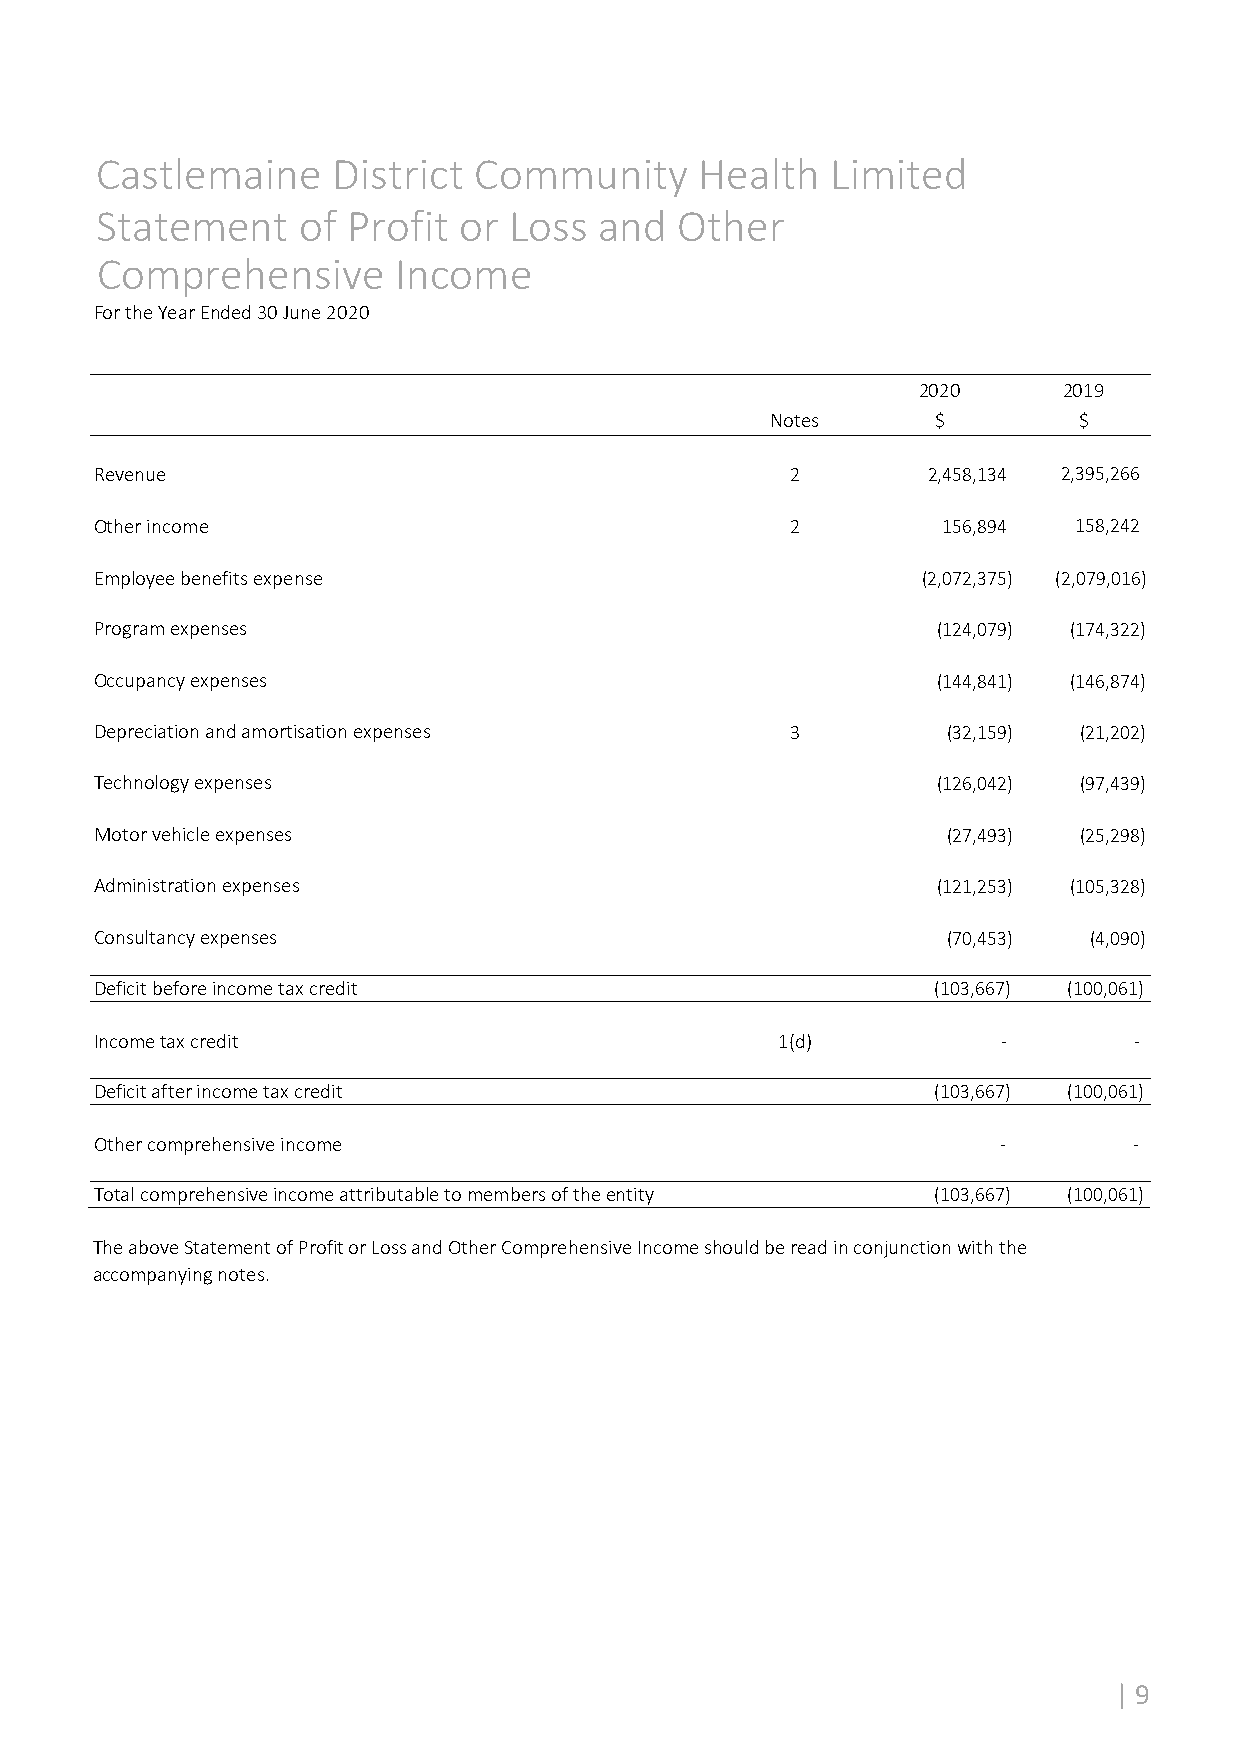
Castlemaine     District Community      Health   Limited
 Statement     of Profit or  Loss  and  Other
 Comprehensive       Income
 For the Year Ended 30 June 2020
 2020     2019
 Notes      $        $
 Revenue                                       2        2,458,134 2,395,266
 Other income                                  2         156,894  158,242
 Employee benefits expense                              (2,072,375) (2,079,016)
 Program expenses                                        (124,079) (174,322)
 Occupancy expenses                                      (144,841) (146,874)
 Depreciation and amortisation expenses        3          (32,159) (21,202)
 Technology expenses                                     (126,042) (97,439)
 Motor vehicle expenses                                   (27,493) (25,298)
 Administration expenses                                 (121,253) (105,328)
 Consultancy expenses                                     (70,453) (4,090)
 Deficit before income tax credit                        (103,667) (100,061)
 Income tax credit                             1(d)          ‐        ‐
 Deficit after income tax credit                         (103,667) (100,061)
 Other comprehensive income                                  ‐        ‐
 Total comprehensive income attributable to members of the entity (103,667) (100,061)
 The above Statement of Profit or Loss and Other Comprehensive Income should be read in conjunction with the
 accompanying notes.
 | 9